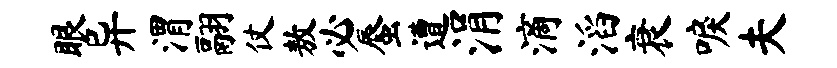
眼异渭翮仗敖必蜃遭涓滴滔衰唳夫